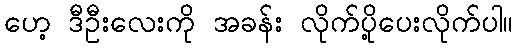
ဟေ့ ဒီဦးလေးကို အခန်း လိုက်ပို့ပေးလိုက်ပါ။